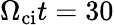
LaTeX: \Omega_{\mathrm{ci}}t=30